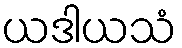
ယဒါယသံ